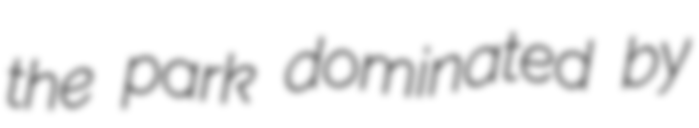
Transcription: the park dominated by